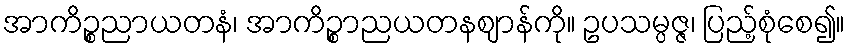
အာကိဉ္စညာယတနံ၊ အာကိဉ္စာညယတနဈာန်ကို။ ဥပသမ္ပဇ္ဇ၊ ပြည့်စုံစေ၍။